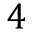
4